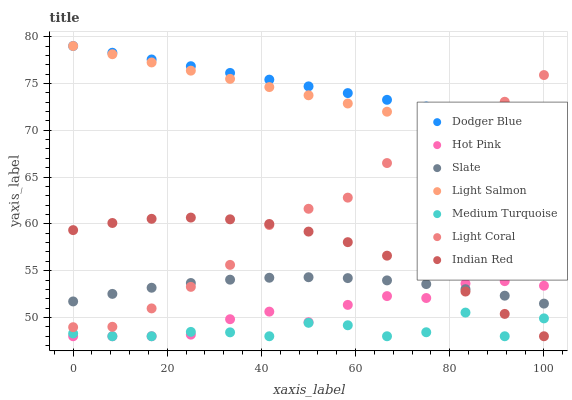
| xaxis_label | Dodger Blue | Hot Pink | Slate | Light Salmon | Medium Turquoise | Light Coral | Indian Red |
 | --- | --- | --- | --- | --- | --- | --- | --- |
 | 0 | 79 | 48 | 51.7 | 79 | 48.3 | 49 | 59.3 |
 | 8.33 | 78.3 | 48 | 52.5 | 78.1 | 48 | 49 | 60.1 |
 | 16.7 | 77.6 | 48 | 53.2 | 77.2 | 48 | 51 | 60.5 |
 | 25 | 76.8 | 48.2 | 53.7 | 76.4 | 48.5 | 53.3 | 60.7 |
 | 33.3 | 76.1 | 49.8 | 54 | 75.5 | 48.4 | 55.6 | 60.5 |
 | 41.7 | 75.4 | 50.6 | 54.2 | 74.6 | 48 | 59.9 | 60 |
 | 50 | 74.7 | 49.5 | 54.3 | 73.7 | 49.4 | 61.6 | 59.2 |
 | 58.3 | 74 | 51.4 | 54.2 | 72.9 | 49.2 | 62.8 | 58 |
 | 66.7 | 73.3 | 52.3 | 54 | 72 | 48 | 66.5 | 56.6 |
 | 75 | 72.5 | 52.1 | 53.6 | 71.1 | 48.4 | 67.3 | 54.8 |
 | 83.3 | 71.8 | 53.6 | 53 | 70.2 | 50.5 | 69.1 | 52.8 |
 | 91.7 | 71.1 | 53.9 | 52.3 | 69.4 | 48 | 73 | 50.4 |
 | 100 | 70.4 | 53.4 | 51.5 | 68.5 | 49.9 | 75.9 | 48 |